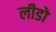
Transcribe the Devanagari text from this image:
लीडो